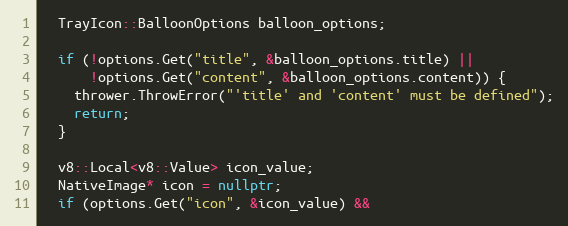
Language: C++
  TrayIcon::BalloonOptions balloon_options;

  if (!options.Get("title", &balloon_options.title) ||
      !options.Get("content", &balloon_options.content)) {
    thrower.ThrowError("'title' and 'content' must be defined");
    return;
  }

  v8::Local<v8::Value> icon_value;
  NativeImage* icon = nullptr;
  if (options.Get("icon", &icon_value) &&